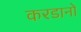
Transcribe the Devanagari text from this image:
करडानो